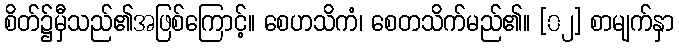
စိတ်၌မှီသည်၏အဖြစ်ကြောင့်။ စေဟသိကံ၊ စေတသိက်မည်၏။ [၀၂] စာမျက်နှာ